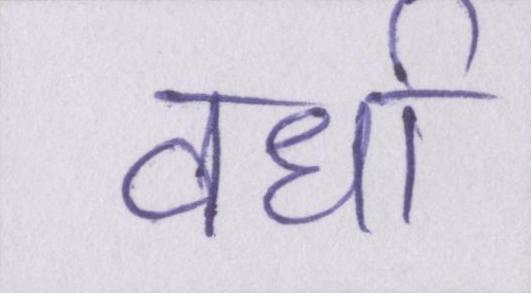
वर्धा